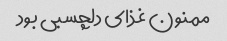
ممنون غذای دلچسبی بود